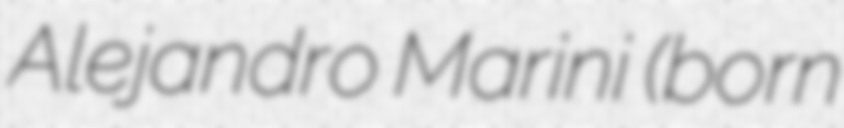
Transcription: Alejandro Marini (born